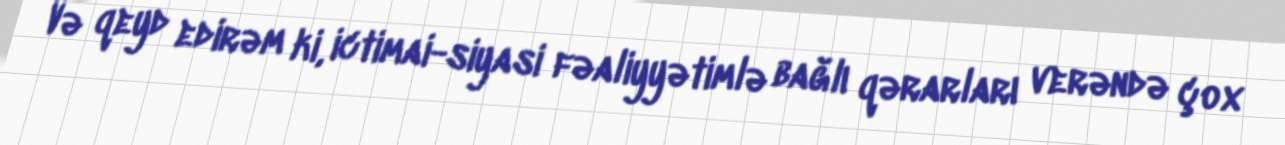
Və qeyd edirəm ki, ictimai-siyasi fəaliyyətimlə bağlı qərarları verəndə çox